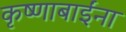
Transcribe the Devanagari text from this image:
कृष्णाबाईंना